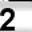
Digit: 2